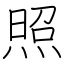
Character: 照